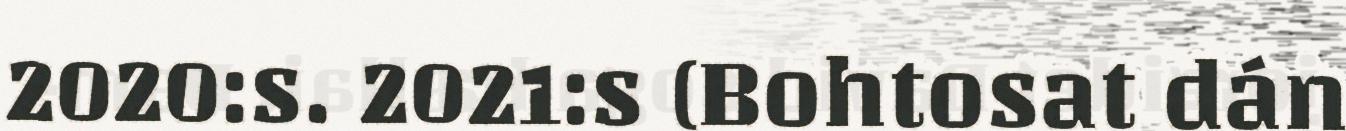
2020:s. 2021:s (Bohtosat dán